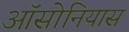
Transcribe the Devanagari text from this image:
ऑसोनियास